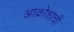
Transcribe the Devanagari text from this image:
आक्रोशाची